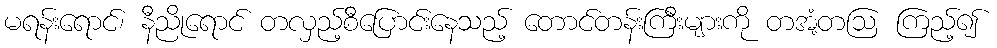
မရန်းရောင်၊ နီညိုရောင် တလှည့်စီပြောင်းနေသည့် တောင်တန်းကြီးများကို တအံ့တဩ ကြည့်၍